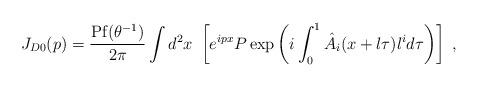
LaTeX: \begin{align*}J_{D0} (p) = \frac{{\rm Pf} (\theta^{-1})}{2 \pi} \int d^2 x~\left[ e^{ipx}P \exp \left( i \int_0^1 \hat{A}_i (x+l \tau) l^i d\tau \right)\right] \;,\end{align*}